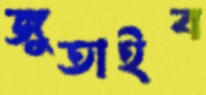
জুতাইব